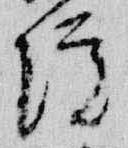
院